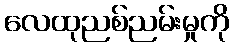
လေထုညစ်ညမ်းမှုကို